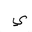
Letter: _ya